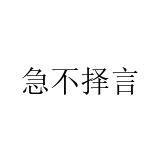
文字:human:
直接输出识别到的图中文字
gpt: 急不择言